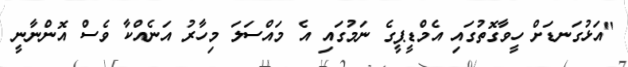
"އަޅުގަނޑަށް ހީވާގޮތުގައި އެމްޑީޕީގެ ނަމުގައި އެ މައްސަލަ މިހާރު އަނެއްކާ ވެސް އޮންނާނީ